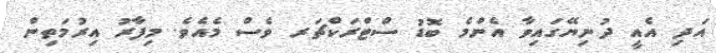
އަދި އެއީ ދުނިޔޭގައިވާ އެންމެ ބޮޑު ސްޓްރަކްޗަރ ވެސް މެއެވެ. މިފާރު އިރުމަތިން